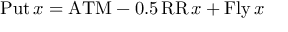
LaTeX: \operatorname { P u t } x = \mathrm { A T M } - 0 . 5 \operatorname { R R } x + \operatorname { F l y } x